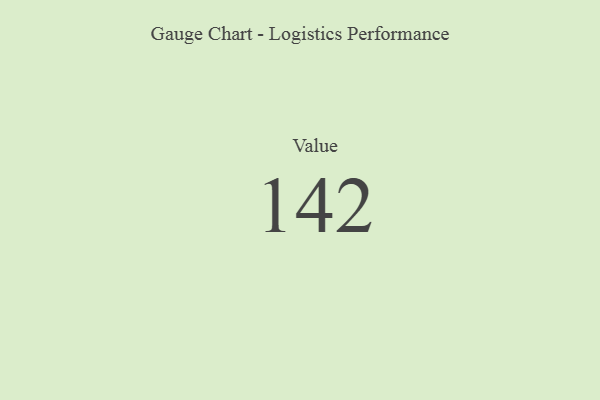
{"axis": {"x": "Metric", "y": "Value"}, "legend": [""], "data": [{"x": "Value", "y": 142, "type": ""}]}